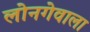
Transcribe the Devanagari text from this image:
लोनगेवाला